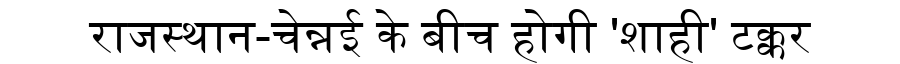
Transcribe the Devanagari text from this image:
राजस्थान-चेन्नई के बीच होगी 'शाही' टक्कर